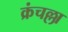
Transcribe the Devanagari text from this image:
क्रंचल्ला